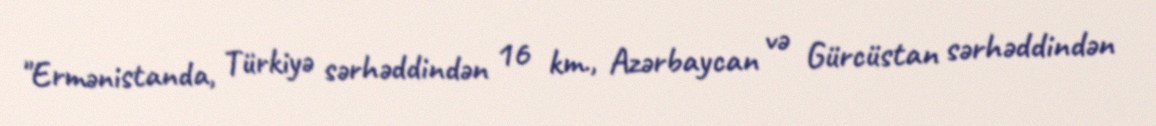
"Ermənistanda, Türkiyə sərhəddindən 16 km., Azərbaycan və Gürcüstan sərhəddindən